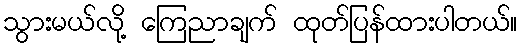
သွားမယ်လို့ ကြေညာချက် ထုတ်ပြန်ထားပါတယ်။